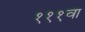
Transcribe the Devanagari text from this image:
१११वा